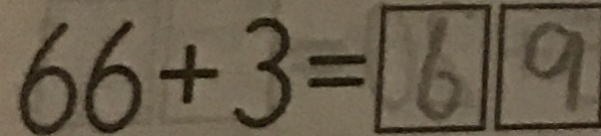
6 6 + 3 = \boxed { 6 } \boxed { 9 }